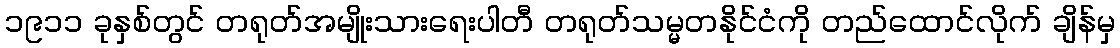
၁၉၁၁ ခုနှစ်တွင် တရုတ်အမျိုးသားရေးပါတီ တရုတ်သမ္မတနိုင်ငံကို တည်ထောင်လိုက် ချိန်မှ